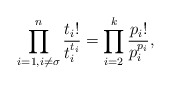
\begin{align*}\prod_{i = 1, i \neq \sigma}^n\frac{t_i!}{t_i^{t_i}} = \prod_{i = 2}^k\frac{p_i!}{p_i^{p_i}},\end{align*}